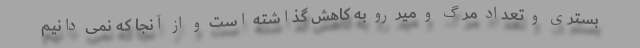
بستری و تعداد مرگ و میر رو به کاهش گذاشته است و از آنجا که نمی دانیم